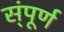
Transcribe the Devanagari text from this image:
स्ंपूर्ण